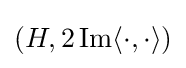
(H,2\operatorname {Im} \langle \cdot ,\cdot \rangle )